Assam Mental Hospital (Tezpur, India) - 1933-1948
Year: 1933
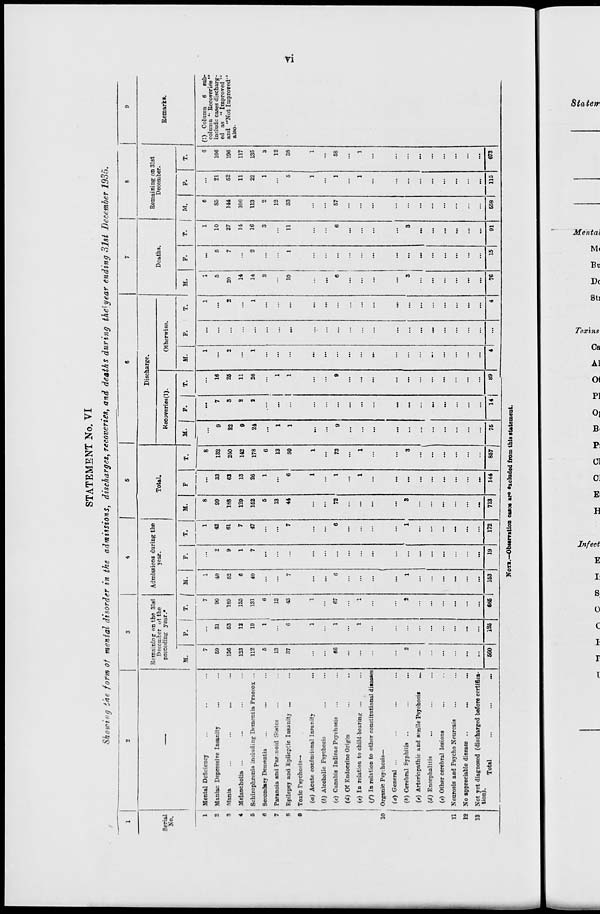
vi
STATEMENT No. VI
Showing the form of mental disorder in the admissions, discharges, recoveries, and deaths during the year ending 31st December 1935.
1
Serial
No.
1
2
3
4
5
6
7
8
9
10
11
12
13
2
—
Mental Deficiency ... ... ...
Maniac Depressive Insanity ... ...
Mania ... ... ... ...
Melancholia ... ... ... ...
Schizophrenia including Dementia Praecox ...
Secondary Dementia ... ... ...
Paranoia and Paranoid States ... ...
Epilepsy and Epileptic Insanity ... ...
Toxic Psychosis—
(a) Acute confusional Insanity
...
(b) Alcoholic Psychosis ... ...
(c) Canabis Indicae Psychosis ... ...
(d) Of Endocrine Origin ... ...
(e) In relation to child-bearing ... ...
(f) In relation to other constitutional diseases
Organic Psychosis—
(a) General ... ... ... ...
(b) Cerebral Syphilis ... ... ...
(c) Arteriopathic and senile Psychosis
...
(d) Encephalitis ... ... ...
(e) Other cerebral lesions ... ...
Neurosis and Psycho Neurosis ... ...
No appreciable disease ..
... ...
Not yet diagnosed (discharged before certifica-
tion).
Total
...
...
...
3
Remaining on the 31st
December of the
preceding year.*
M.
7
59
136
123
112
5
13
37
...
...
66
...
...
...
...
2
...
...
...
...
...
...
560
F.
...
31
53
12
19
1
...
6
1
...
1
...
1
...
...
...
...
...
...
...
...
...
125
T.
7
90
189
135
131
6
13
43
1
...
67
...
1
...
...
2
...
...
...
...
...
...
685
4
Admissions during the
year.
M.
1
40
52
6
40
...
...
7
...
...
6
...
...
...
...
1
...
...
...
...
...
...
153
F.
...
2
9
1
7
...
...
...
...
...
...
...
...
...
...
...
...
...
...
...
...
...
19
T.
1
42
61
7
47
...
...
7
...
...
6
...
...
...
...
1
...
...
...
...
...
...
172
5
Total.
M.
8
99
188
129
152
5
13
44
...
...
72
...
...
...
...
3
...
...
...
...
...
...
713
F.
...
33
62
13
26
1
...
6
1
...
1
...
1
...
...
...
...
...
...
...
...
...
144
T.
8
132
250
142
178
6
13
50
1
...
73
...
1
...
...
3
...
...
...
...
...
...
857
6
Discharge.
Recoveries(1).
M.
...
9
22
9
24
...
1
1
...
...
9
...
...
...
...
...
...
...
...
...
...
...
75
F.
...
7
3
2
2
....
...
...
...
...
...
...
...
...
...
...
...
...
...
...
...
...
14
T.
...
16
25
11
26
...
1
1
...
...
9
...
...
...
...
...
...
...
...
...
...
...
89
Otherwise.
M.
1
...
2
...
1
...
...
...
...
...
...
...
...
...
...
...
...
...
...
...
...
...
4
F.
...
...
...
...
...
...
...
...
...
...
...
...
...
...
...
...
...
...
...
...
...
...
...
T.
1
...
2
...
1
...
...
...
...
...
...
...
...
...
...
...
...
...
...
...
...
...
4
7
Deaths.
M.
1
5
20
14
14
3
...
10
...
...
6
...
...
...
...
3
...
...
...
...
...
...
76
F.
...
5
7
...
2
...
...
1
...
...
...
...
...
...
...
...
...
...
...
...
...
...
15
T.
1
10
27
14
16
3
...
11
...
...
6
...
...
...
...
3
...
...
...
...
...
...
91
8
Remaining on 31st
December.
M.
6
85
144
106
113
2
12
33
...
...
57
...
...
...
...
...
...
...
...
...
...
...
558
F.
...
21
52
11
22
1
...
5
1
...
1
...
1
...
...
...
...
...
...
...
...
...
115
T.
6
106
196
117
135
3
12
38
1
...
58
...
1
...
...
...
...
...
...
...
...
...
673
9
Remarks.
(1) Column 6 sub-
column "Recoveries"
include cases discharg-
ed as "Improved"
and "Not Improved"
also.
NOTE.—Observation cases are excluded from this statement.